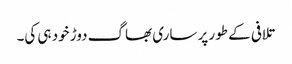
تلافی کے طور پر ساری بھاگ دوڑ خود ہی کی۔